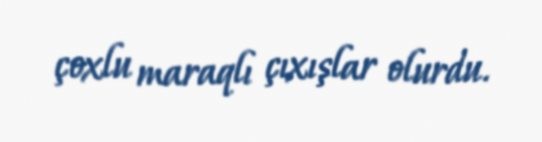
çoxlu maraqlı çıxışlar olurdu.